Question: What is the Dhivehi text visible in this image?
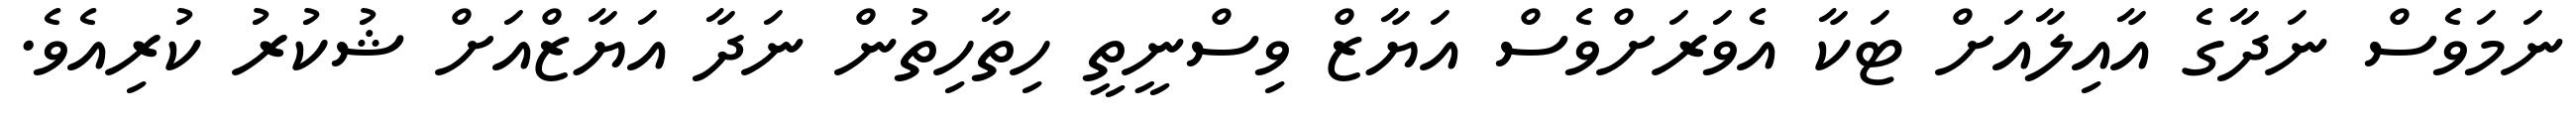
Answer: ނަމަވެސް ނަދާގެ އާއިލާއަށް ޓަކާ އެވަރަށްވެސް އަޔާޒް ވިސްނީތީ ހިތާހިތުން ނަދާ އަޔާޒްއަށް ޝުކުރު ކުރިއެވެ.